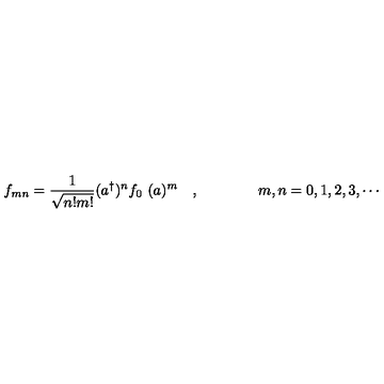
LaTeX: f _ { m n } = \frac { 1 } { \sqrt { n ! m ! } } ( a ^ { \dagger } \* ) ^ { n } f _ { 0 } \ ( \* a ) ^ { m } \quad , \qquad \qquad m , n = 0 , 1 , 2 , 3 , \cdots